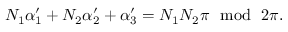
N _ { 1 } \alpha _ { 1 } ^ { \prime } + N _ { 2 } \alpha _ { 2 } ^ { \prime } + \alpha _ { 3 } ^ { \prime } = N _ { 1 } N _ { 2 } \pi ~ ~ \mathrm { m o d } ~ ~ 2 \pi .